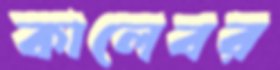
কালেবর